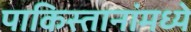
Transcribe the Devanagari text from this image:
पाकिस्तानांमध्ये